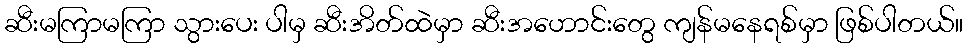
ဆီးမကြာမကြာ သွားပေး ပါမှ ဆီးအိတ်ထဲမှာ ဆီးအဟောင်းတွေ ကျန်မနေရစ်မှာ ဖြစ်ပါတယ်။